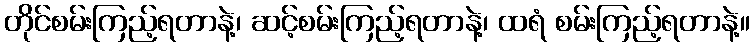
တိုင်စမ်းကြည့်ရတာနဲ့၊ ဆင့်စမ်းကြည့်ရတာနဲ့၊ ထရံ စမ်းကြည့်ရတာနဲ့။